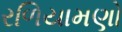
રળિયામણો